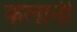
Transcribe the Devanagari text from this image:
कलानी